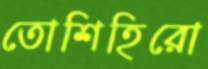
তোশিহিরো